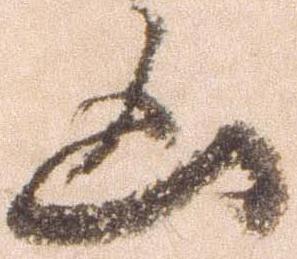
凶